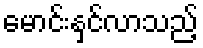
မောင်းနှင်လာသည့်